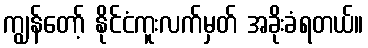
ကျွန်တော့် နိုင်ငံကူးလက်မှတ် အခိုးခံရတယ်။